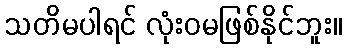
သတိမပါရင် လုံးဝမဖြစ်နိုင်ဘူး။